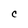
Character: C